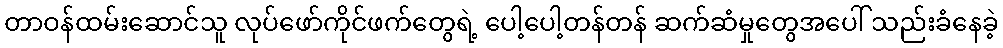
တာဝန်ထမ်းဆောင်သူ လုပ်ဖော်ကိုင်ဖက်တွေရဲ့ ပေါ့ပေါ့တန်တန် ဆက်ဆံမှုတွေအပေါ် သည်းခံနေခဲ့